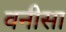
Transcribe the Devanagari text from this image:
वनीसा